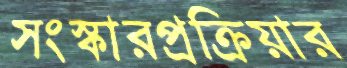
সংস্কারপ্রক্রিয়ার